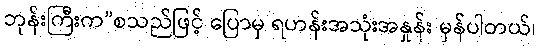
ဘုန်းကြီးက”စသည်ဖြင့် ပြောမှ ရဟန်းအသုံးအနှုန်း မှန်ပါတယ်၊